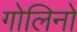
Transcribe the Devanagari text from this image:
गोलिनो